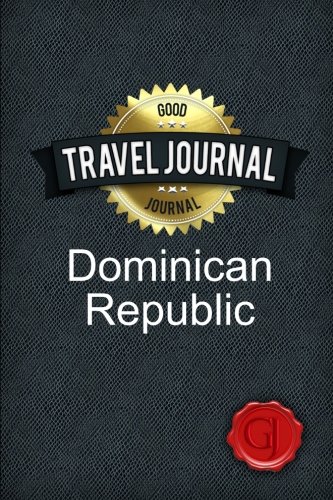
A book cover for Travel Journal Dominican Republic; Good Journal; Travel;